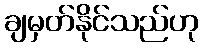
ချမှတ်နိုင်သည်ဟု